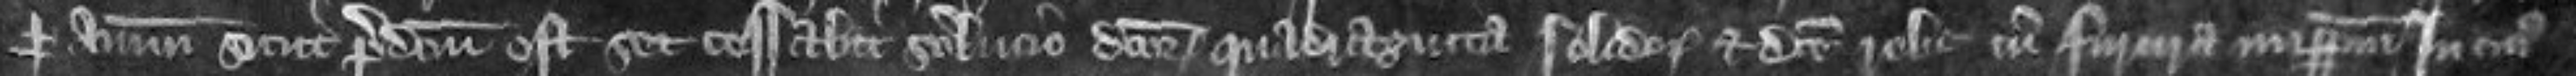
per annum sicut predictum est sed cessabit solutio dictorum quadraginta solidorum et dicte robe cum furura imperpetuum In cuius